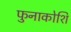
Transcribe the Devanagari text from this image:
फुनाकोशि